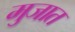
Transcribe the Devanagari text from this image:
मुजात